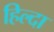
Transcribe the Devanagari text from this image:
हिल्दा